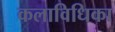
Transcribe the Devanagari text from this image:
कलाविधिका